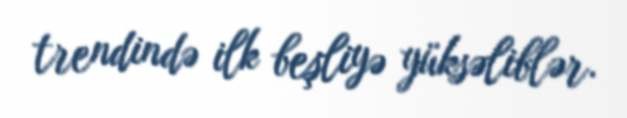
trendində ilk beşliyə yüksəliblər.